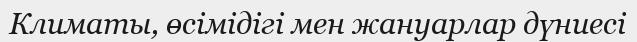
Климаты, өсімідігі мен жануарлар дүниесі